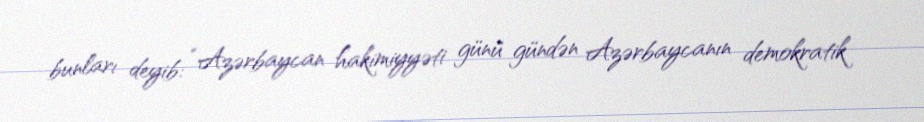
bunları deyib: “Azərbaycan hakimiyyəti günü gündən Azərbaycanın demokratik